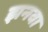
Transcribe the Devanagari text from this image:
झनवा